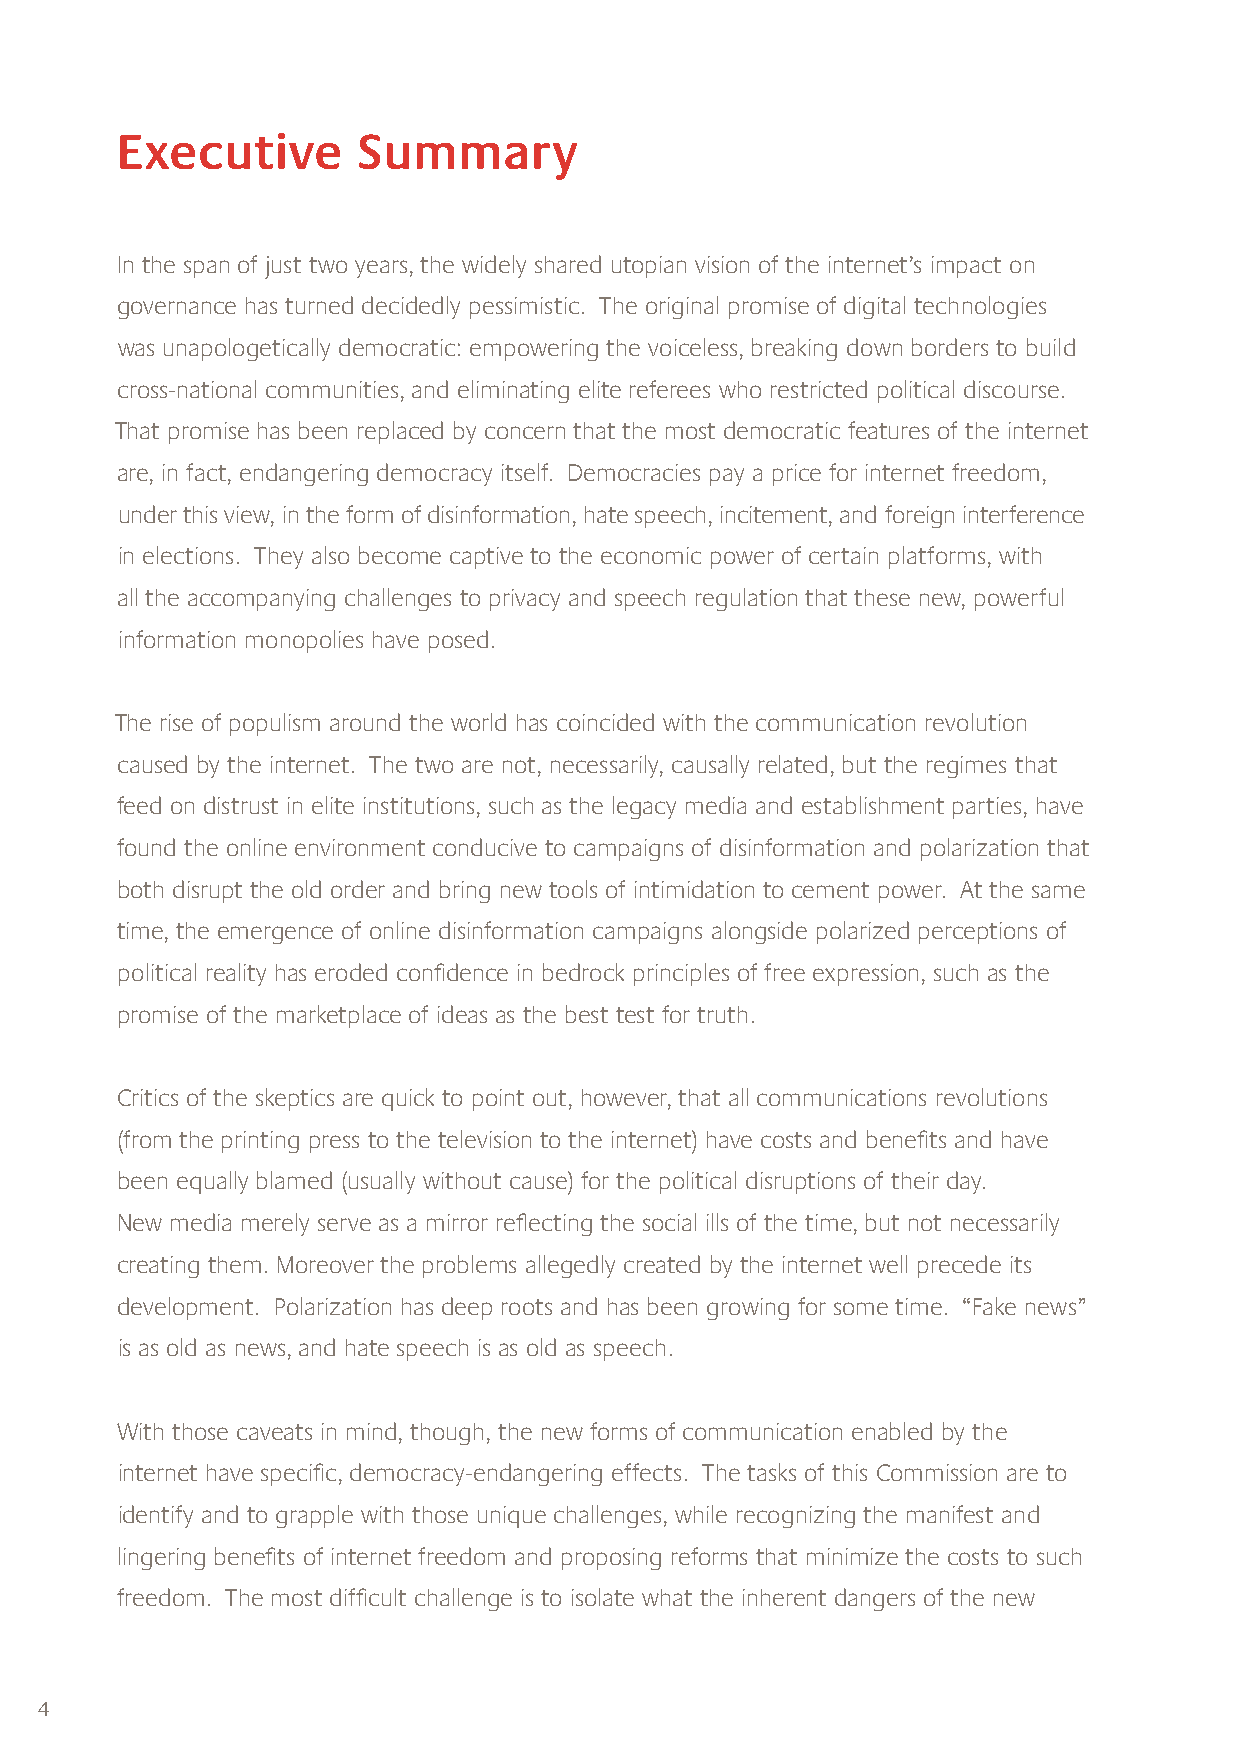
Executive       Summary
 In the span of just two years, the widely shared utopian vision of the internet’s impact on
 governance has turned decidedly pessimistic. The original promise of digital technologies
 was unapologetically democratic: empowering the voiceless, breaking down borders to build
 cross-national communities, and eliminating elite referees who restricted political discourse.
 That promise has been replaced by concern that the most democratic features of the internet
 are, in fact, endangering democracy itself. Democracies pay a price for internet freedom,
 under this view, in the form of disinformation, hate speech, incitement, and foreign interference
 in elections. They also become captive to the economic power of certain platforms, with
 all the accompanying challenges to privacy and speech regulation that these new, powerful
 information monopolies have posed.
 The rise of populism around the world has coincided with the communication revolution
 caused by the internet. The two are not, necessarily, causally related, but the regimes that
 feed on distrust in elite institutions, such as the legacy media and establishment parties, have
 found the online environment conducive to campaigns of disinformation and polarization that
 both disrupt the old order and bring new tools of intimidation to cement power. At the same
 time, the emergence of online disinformation campaigns alongside polarized perceptions of
 political reality has eroded confidence in bedrock principles of free expression, such as the
 promise of the marketplace of ideas as the best test for truth.
 Critics of the skeptics are quick to point out, however, that all communications revolutions
 (from the printing press to the television to the internet) have costs and benefits and have
 been equally blamed (usually without cause) for the political disruptions of their day.
 New media merely serve as a mirror reflecting the social ills of the time, but not necessarily
 creating them. Moreover the problems allegedly created by the internet well precede its
 development. Polarization has deep roots and has been growing for some time. “Fake news”
 is as old as news, and hate speech is as old as speech.
 With those caveats in mind, though, the new forms of communication enabled by the
 internet have specific, democracy-endangering effects. The tasks of this Commission are to
 identify and to grapple with those unique challenges, while recognizing the manifest and
 lingering benefits of internet freedom and proposing reforms that minimize the costs to such
 freedom. The most difficult challenge is to isolate what the inherent dangers of the new
 4